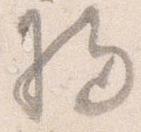
将